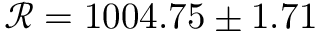
\mathscr { R } = 1 0 0 4 . 7 5 \pm 1 . 7 1